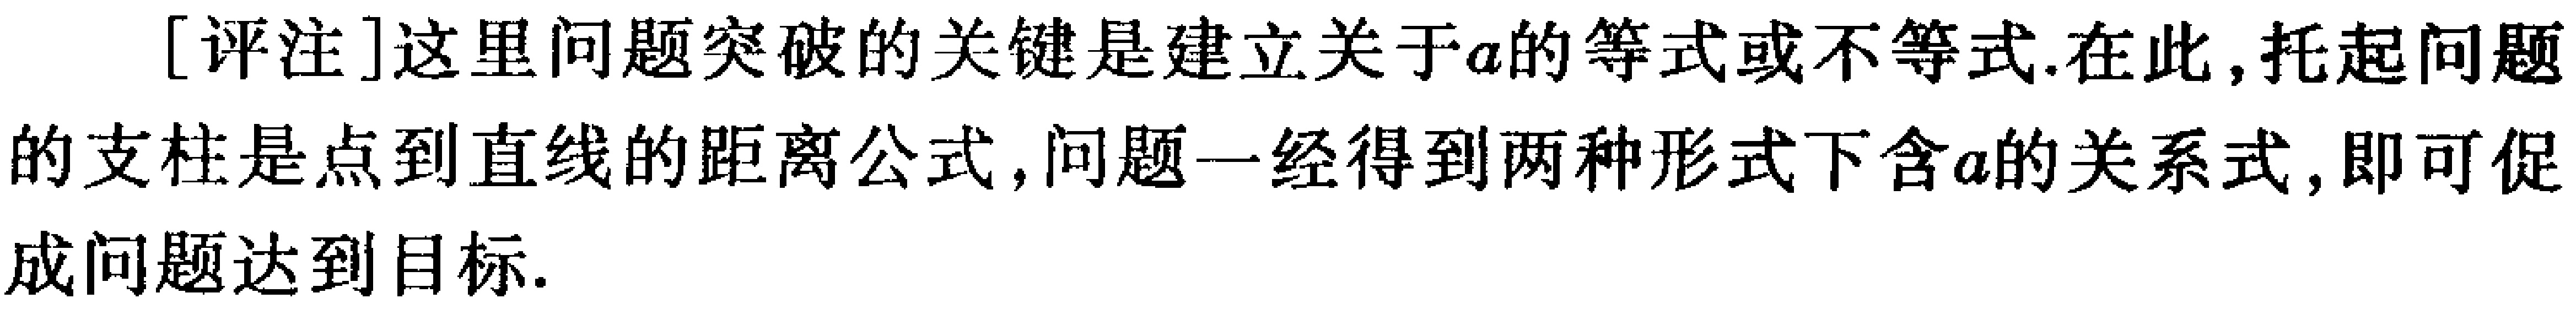
[评注]这里问题突破的关键是建立关于\(a\)的等式或不等式.在此,托起问题的支柱是点到直线的距离公式, 问题一经得到两种形式下含\(a\)的关系式, 即可促成问题达到目标.